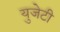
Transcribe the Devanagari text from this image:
युजेटी